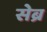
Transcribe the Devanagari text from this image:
सेब्र